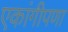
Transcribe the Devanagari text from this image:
एकांगीपणा